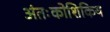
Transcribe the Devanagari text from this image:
अंतःकोशिकिय